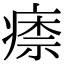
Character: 𤸏